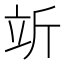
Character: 𬔘